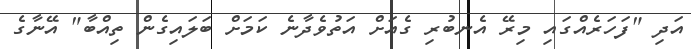
އަދި "ފަހަރެއްގައި މިރޭ އެނބުރި ގެއަށް އަތުވެދާނެ ކަމަށް ބަލައިގެން ތިއްބާ" އޭނާގެ